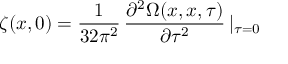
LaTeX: \zeta ( x , 0 ) = \frac { 1 } { 3 2 \pi ^ { 2 } } \, \frac { \partial ^ { 2 } \Omega ( x , x , \tau ) } { \partial \tau ^ { 2 } } \, \vert _ { \tau = 0 }